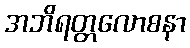
အဘိရတ္တလောစနာ